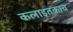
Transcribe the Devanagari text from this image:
कलाइतकाच